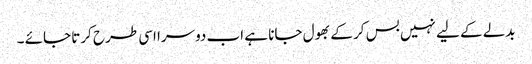
بدلے کے لیے نہیں بس کر کے بھول جانا ہے اب دوسرا اسی طرح کرتا جائے ۔